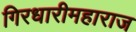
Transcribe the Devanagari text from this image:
गिरधारीमहाराज